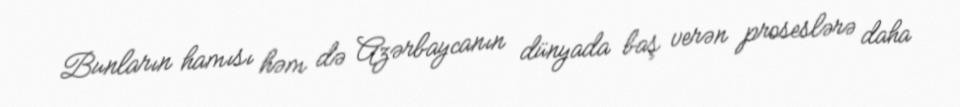
Bunların hamısı həm də Azərbaycanın dünyada baş verən proseslərə daha